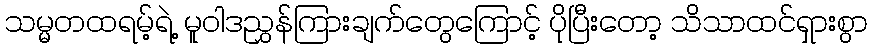
သမ္မတထရမ့်ရဲ့ မူဝါဒညွှန်ကြားချက်တွေကြောင့် ပိုပြီးတော့ သိသာထင်ရှားစွာ